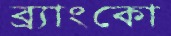
ব্র্যাংকো